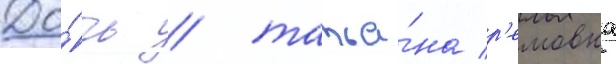
До́чь / татья́на р'емовна